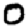
Digit: 0